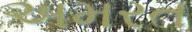
અમરત